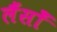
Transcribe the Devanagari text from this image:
लैंसोँ